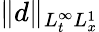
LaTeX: \| d\| _{L_{t}^{\infty}L_{x}^{1}}